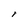
Character: I